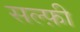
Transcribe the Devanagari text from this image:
सल्फ़ी